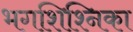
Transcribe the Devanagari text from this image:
भगशिश्निका